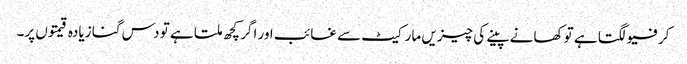
کرفیو لگتا ہے تو کھانے پینے کی چیزیں مارکیٹ سے غائب اور اگر کچھ ملتا ہے تو دس گنا زیادہ قیمتوں پر۔